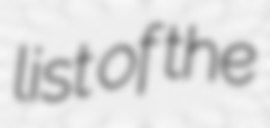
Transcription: list of the